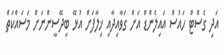
އަދި ގެސްޓް ހައުސް އައިލެންޑް އަށް ގަވާއިދާއި ޚިލާފަށް އުޅޭ ބިދޭސީންނަށް މަސައްކަތް